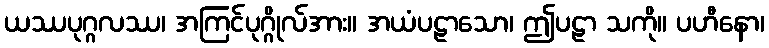
ယဿပုဂ္ဂလဿ၊ အကြင်ပုဂ္ဂိုလ်အား။ အယံပဠာသော၊ ဤပဠာ သကို။ ပဟီနော၊